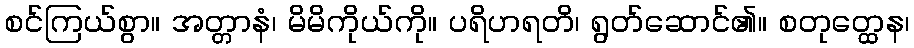
စင်ကြယ်စွာ။ အတ္တာနံ၊ မိမိကိုယ်ကို။ ပရိဟရတိ၊ ရွတ်ဆောင်၏။ စတုတ္ထေန၊